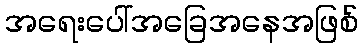
အရေးပေါ်အခြေအနေအဖြစ်